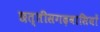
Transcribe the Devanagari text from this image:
छत्तीसगढ़वासियों